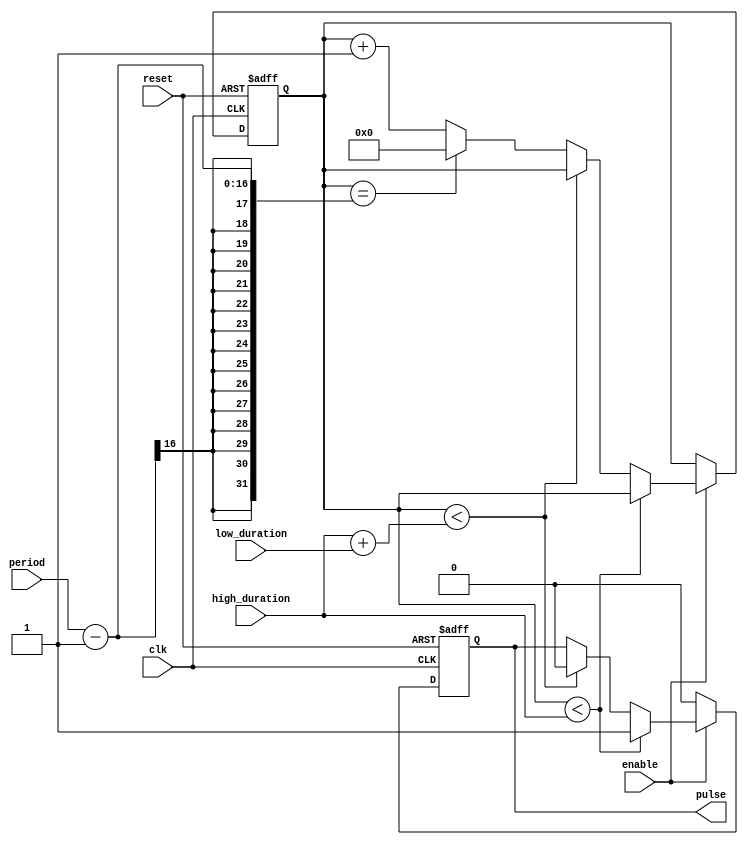
module DutyCyclePulseGenerator (
    input wire enable,
    input wire clk,
    input wire reset,
    input wire [7:0] high_duration,
    input wire [7:0] low_duration,
    input wire [15:0] period,
    output reg pulse
);

reg [15:0] counter;

always @(posedge clk or posedge reset) begin
    if (reset) begin
        counter <= 16'b0;
        pulse <= 1'b0;
    end else if (enable) begin
        if (counter < high_duration) begin
            pulse <= 1'b1;
        end else if (counter < (high_duration + low_duration)) begin
            pulse <= 1'b0;
        end else if (counter == period - 1) begin
            counter <= 16'b0;
        end else begin
            counter <= counter + 1;
        end
    end else begin
        pulse <= 1'b0;
    end
end

endmodule